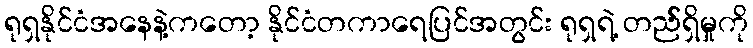
ရုရှနိုင်ငံအနေနဲ့ကတော့ နိုင်ငံတကာရေပြင်အတွင်း ရုရှရဲ့ တည််ရှိမှုကို